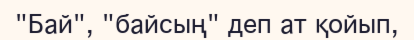
"Бай", "байсың" деп ат қойып,